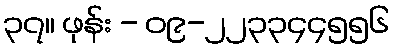
၃၇။ ဖုန်း - ၀၉-၂၂၃၃၄၄၅၅၆